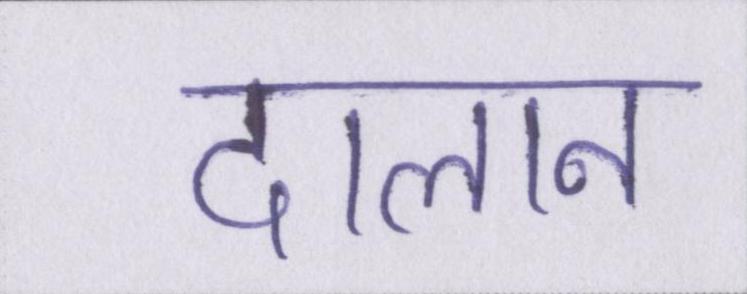
दालान